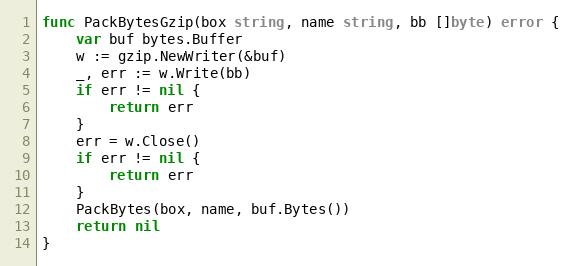
Language: Go
func PackBytesGzip(box string, name string, bb []byte) error {
	var buf bytes.Buffer
	w := gzip.NewWriter(&buf)
	_, err := w.Write(bb)
	if err != nil {
		return err
	}
	err = w.Close()
	if err != nil {
		return err
	}
	PackBytes(box, name, buf.Bytes())
	return nil
}